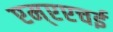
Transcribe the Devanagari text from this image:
एम्एएचई